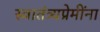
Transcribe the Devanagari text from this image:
स्वातंत्र्यप्रेमींना